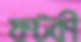
ফটকী